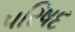
પરિષદ